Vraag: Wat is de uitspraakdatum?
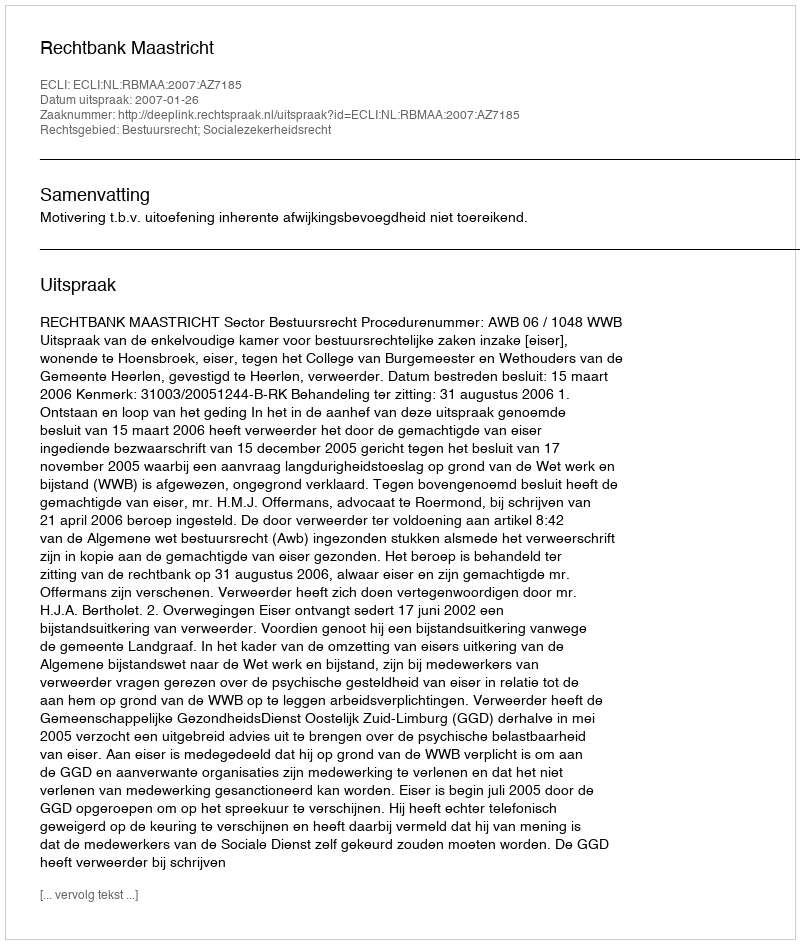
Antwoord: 2007-01-26